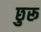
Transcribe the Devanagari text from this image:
छुरू